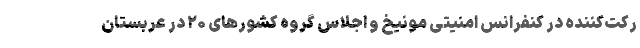
رکت‌کننده در کنفرانس امنیتی مونیخ و اجلاس گروه کشورهای ۲۰ در عربستان